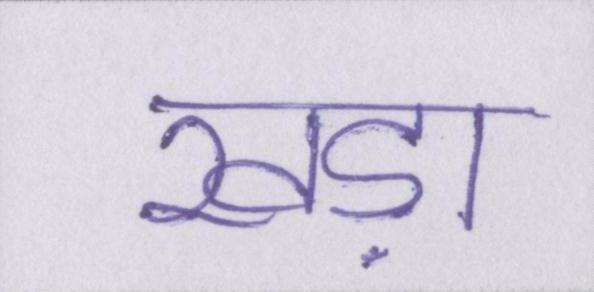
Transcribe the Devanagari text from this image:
खड़ा